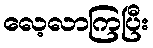
လေ့လာကြပြီး